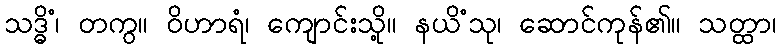
သဒ္ဓိံ၊ တကွ။ ဝိဟာရံ၊ ကျောင်းသို့။ နယိံသု၊ ဆောင်ကုန်၏။ သတ္ထာ၊